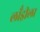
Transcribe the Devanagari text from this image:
लाँड्रीला